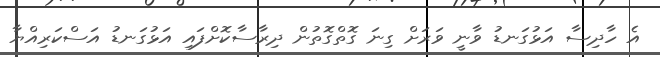
އެ ހާދިސާ އަޅުގަނޑު ވާނީ ވަރަށް ގިނަ ގޮތްގޮތުން ދިރާސާކޮށްފައި އަޅުގަނޑު އަސްކަރިއްޔާ